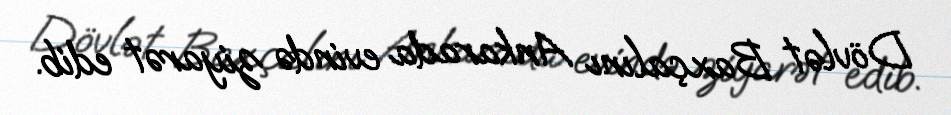
Dövlət Baxçalını Ankarada evində ziyarət edib.